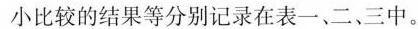
小比较的结果等分别记录在表一、二、三中。